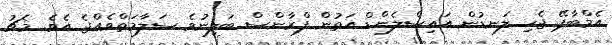
އެމްބާޕޭ ޖެހި ލަނޑުން އައިސްލެންޑް އަތުން ފްރާންސް ބަލިނުވެ ސަލާމަތްވެއްޖެ އެވެ. މެޗު